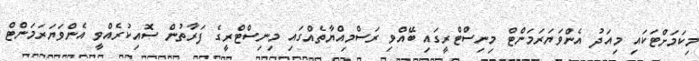
މިކަމަށްޓަކައި މިއަދު އެންވަޔަރަމަންޓް މިނިސްޓްރީގައި ބޭއްވި ރަސްމިއްޔާތެއްގައި މިނިސްޓްރީގެ ފަރާތުން ސޮއިކުރެއްވީ އެންވަޔަރަމަންޓް